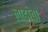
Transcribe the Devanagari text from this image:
लाडांचा